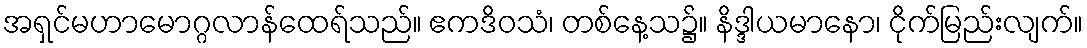
အရှင်မဟာမောဂ္ဂလာန်ထေရ်သည်။ ဧကဒိဝသံ၊ တစ်နေ့သ၌။ နိဒ္ဒါယမာနော၊ ငိုက်မြည်းလျက်။